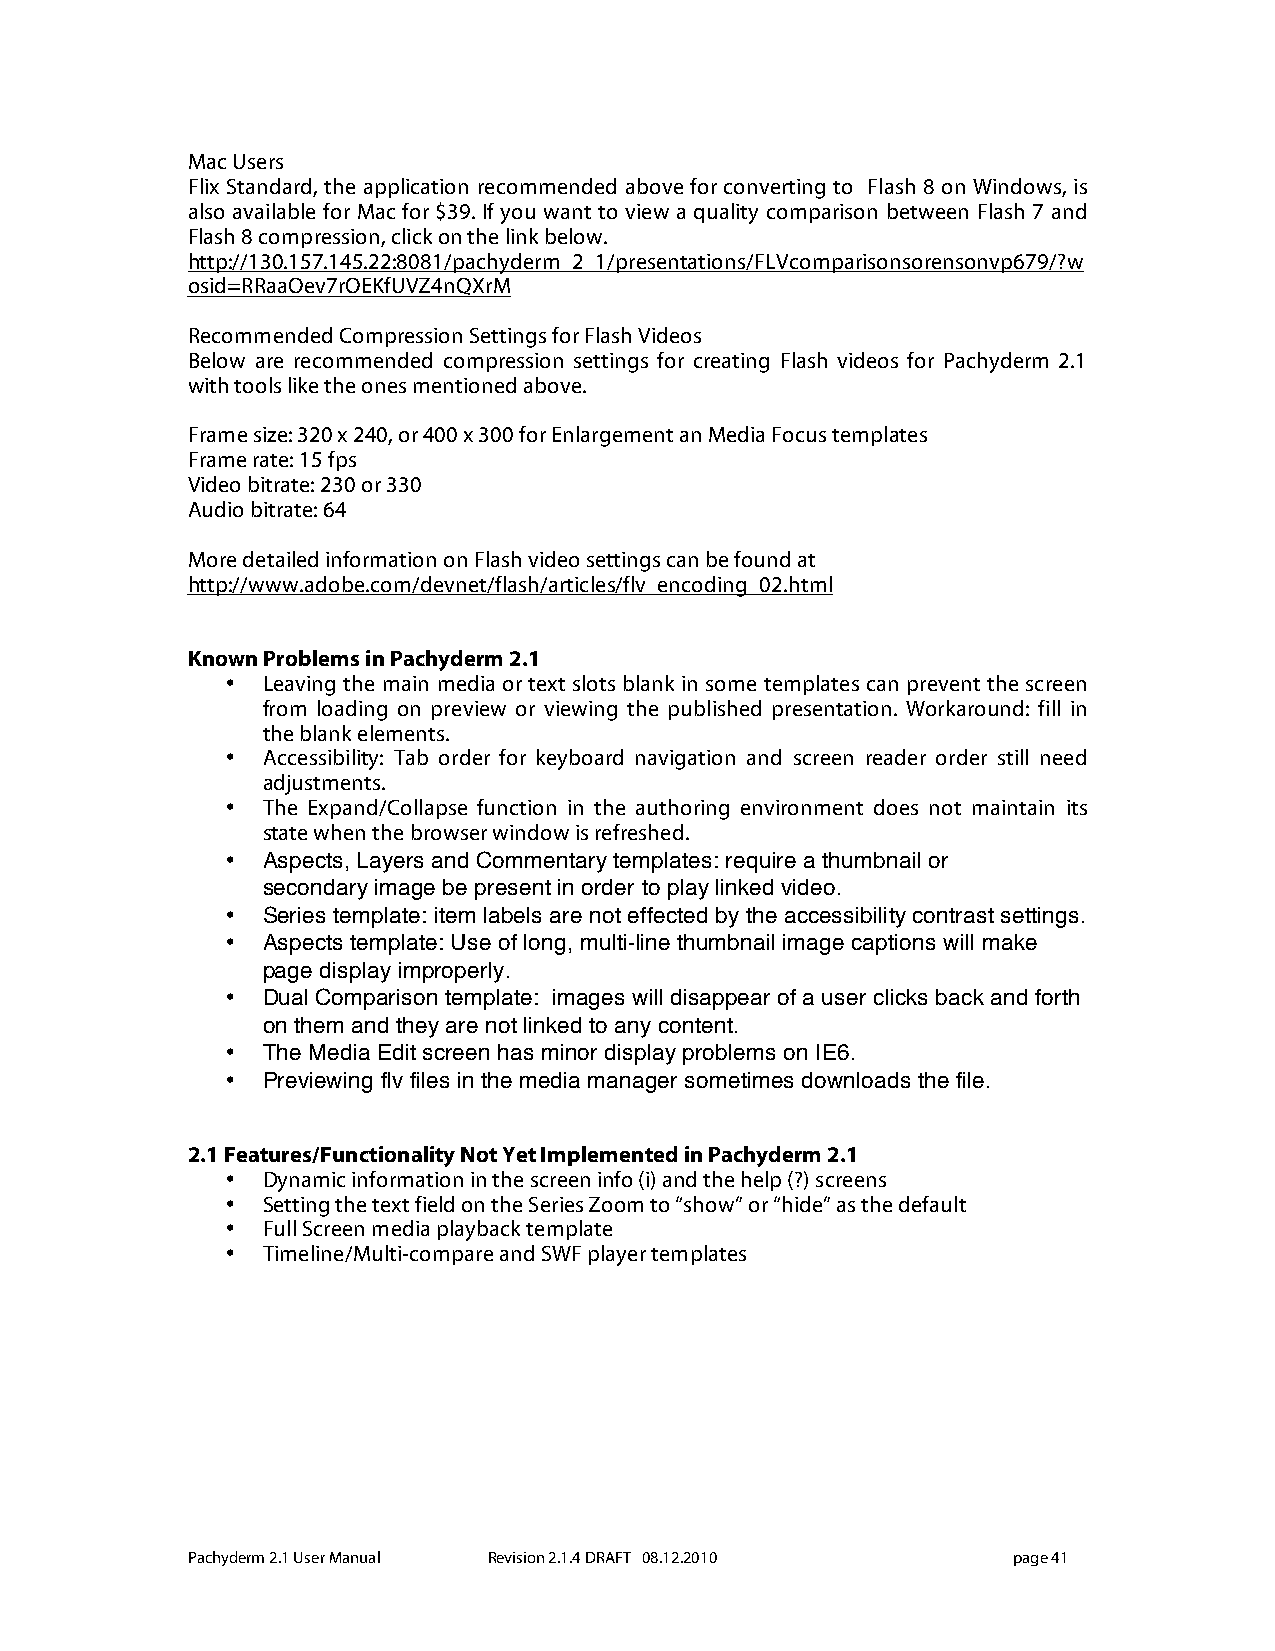
Mac Users
 Flix Standard, the application recommended above for converting to Flash 8 on Windows, is
 also available for Mac for $39. If you want to view a quality comparison between Flash 7 and
 Flash 8 compression, click on the link below.
 http://130.157.145.22:8081/pachyderm_2_1/presentations/FLVcomparisonsorensonvp679/?w
 osid=RRaaOev7rOEKfUVZ4nQXrM
 Recommended Compression Settings for Flash Videos
 Below are recommended compression settings for creating Flash videos for Pachyderm 2.1
 with tools like the ones mentioned above.
 Frame size: 320 x 240, or 400 x 300 for Enlargement an Media Focus templates
 Frame rate: 15 fps
 Video bitrate: 230 or 330
 Audio bitrate: 64
 More detailed information on Flash video settings can be found at
 http://www.adobe.com/devnet/flash/articles/flv_encoding_02.html
 Known Problems in Pachyderm 2.1
 • Leaving the main media or text slots blank in some templates can prevent the screen
 from loading on preview or viewing the published presentation. Workaround: fill in
 the blank elements.
 • Accessibility: Tab order for keyboard navigation and screen reader order still need
 adjustments.
 • The Expand/Collapse function in the authoring environment does not maintain its
 state when the browser window is refreshed.
 • Aspects, Layers and Commentary templates: require a thumbnail or
 secondary image be present in order to play linked video.
 • Series template: item labels are not effected by the accessibility contrast settings.
 • Aspects template: Use of long, multi-line thumbnail image captions will make
 page display improperly.
 • Dual Comparison template: images will disappear of a user clicks back and forth
 on them and they are not linked to any content.
 • The Media Edit screen has minor display problems on IE6.
 • Previewing flv files in the media manager sometimes downloads the file.
 2.1 Features/Functionality Not Yet Implemented in Pachyderm 2.1
 • Dynamic information in the screen info (i) and the help (?) screens
 • Setting the text field on the Series Zoom to “show” or “hide” as the default
 • Full Screen media playback template
 • Timeline/Multi-compare and SWF player templates
 Pachyderm 2.1 User Manual Revision 2.1.4 DRAFT 08.12.2010 page 41